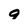
Character: 9